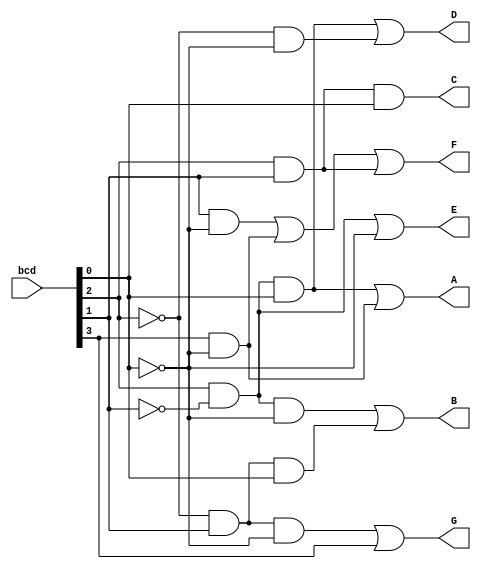
module encoder_bcd_7seg_until_9(bcd, A, B, C, D, E, F, G);
	input [3:0] bcd;
	output A, B, C, D, E, F, G;
	
	wire bcdA, bcdB, bcdC, bcdD;
	assign bcdA = bcd[3];
	assign bcdB = bcd[2];
	assign bcdC = bcd[1];
	assign bcdD = bcd[0];
	
	assign A = (bcdB & !bcdC & bcdD || bcdA & !bcdD);
	assign B = (bcdB & !bcdC & !bcdD || !bcdB & bcdC & bcdD);
	assign C = (bcdB & bcdC & bcdD);
	assign D = (bcdB & !bcdC & bcdD || !bcdB & !bcdD);
	assign E = (bcdB & !bcdC || !bcdD);
	assign F = (bcdC & !bcdD || bcdA & !bcdD || bcdB & bcdC);
	assign G = (!bcdB & bcdC & !bcdD || bcdA);
	
endmodule